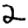
Digit: 2